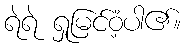
ရဲရဲ ရှုမြင်ဝံ့ပါ၏။